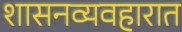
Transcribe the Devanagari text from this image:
शासनव्यवहारात